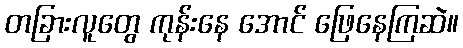
တခြားလူတွေ ကုန်းနေ အောင် ဖြေနေကြဆဲ။